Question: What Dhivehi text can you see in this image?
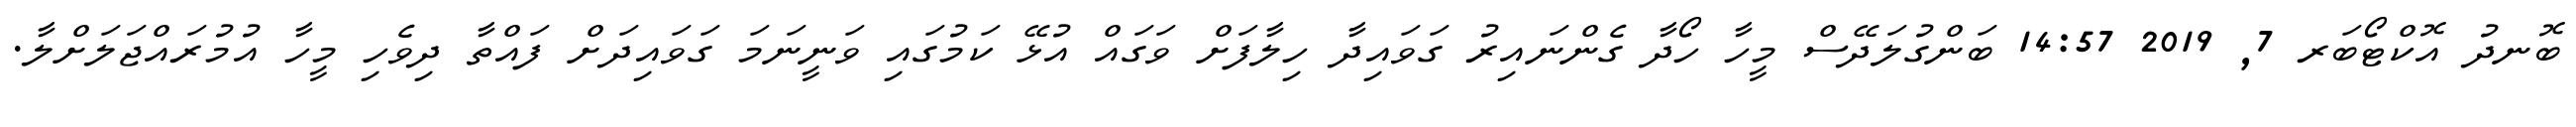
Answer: ބޮނދު އޮކްޓޯބަރ 7, 2019 14:57 ބަންގުލަދޭސް މީހާ ހޯދާ ގެންނައިރު ގަވައިދާ ހިލާފަށް ވަގައް އުޅޭ ކަމުގައި ވަނީނަމަ ގަވައިދަށް ފައްތާ ދިވެހި މީހާ އުމުރައްޖަލަށްލާ.